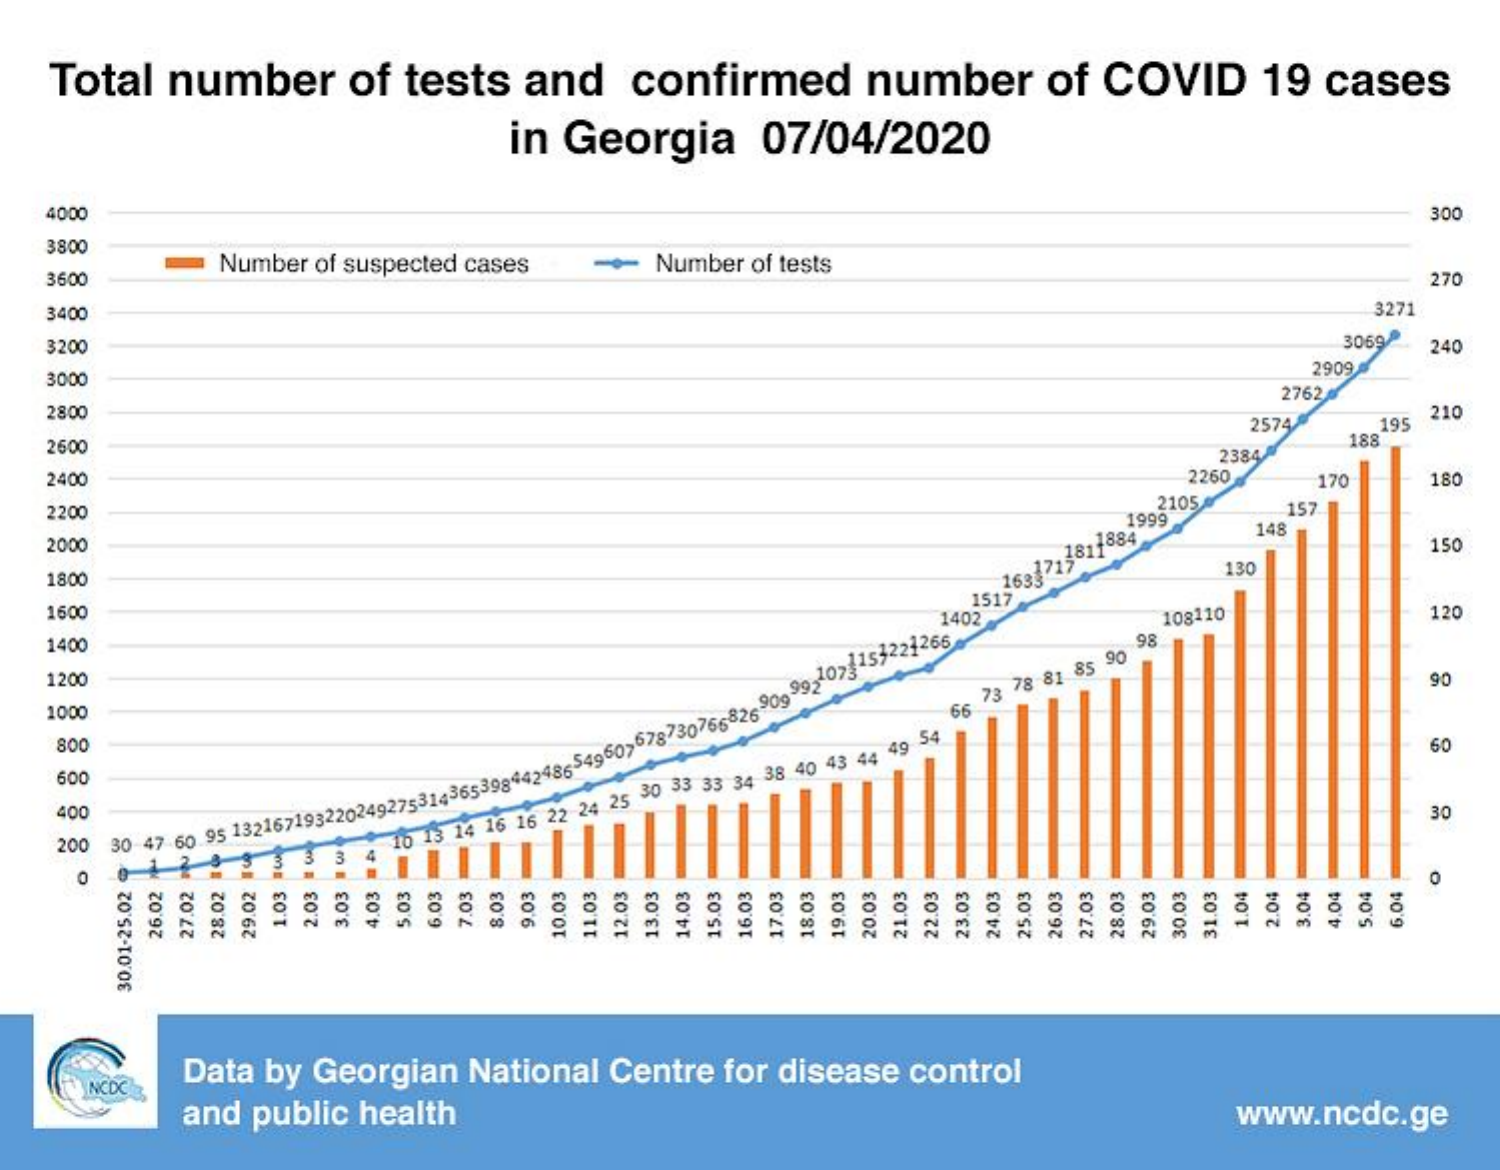
Total    number    of    tests    and    confirmed    number    of    COVID    19    cases
     in    Georgia    07/04/2020
     4000    300
     3800
     Number    of suspected    cases    -    Number    of  tests
     3600    270
     3400    3271
     3200    3069    240
     3000
     2909
     2762
     2800
     2574    195   210
     2600    2384
     188
     2400    2260    170    180
     2200
     2105    157
     2000
     148
     150
     1800
     130
     1600    1402    108110    120
     1400    98
     1200
     73  78 81  85   90
     90
     1000    66
     800
     54    60
     600
     400    30
     200    10 13  14  16  16  22 24  25  30  33 33  34  38  40  43  44  49
     30-47   60 95
     13216719322024927531436539844248-54960767873076582-9099921073157221266
     3   3  4
     O
     6.03 7.03    1.04 2.03 3.03 2.04 3.04 1.03
     100
     4.03 5.03    8.03 9,03    4.04 5.04 6.04 12.03 16.03 19.03 25,03 30.03 27.02 28.02 10.03 11.03 14.03 15.03 17.03 20.03 21.03 23.03 27.03 28.03 29.03 29.02 18.03 22.03 24.03 26.03 26.02 30.01-25.02
     Data    by    Georgian    National    Centre    for    disease    control
     NCDC
     and    public    health    www.ncdc.ge